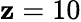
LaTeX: \mathbf{z}=10